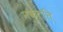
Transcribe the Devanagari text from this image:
नकुतंति